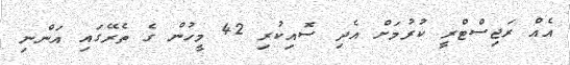
އެއް ރަޖިސްޓްރީ ކުރުމަށް އެދި ސޮއިކުރި 42 މީހުން ގެ ތެރޭގައި އަންނި